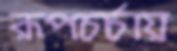
রূপচর্চায়